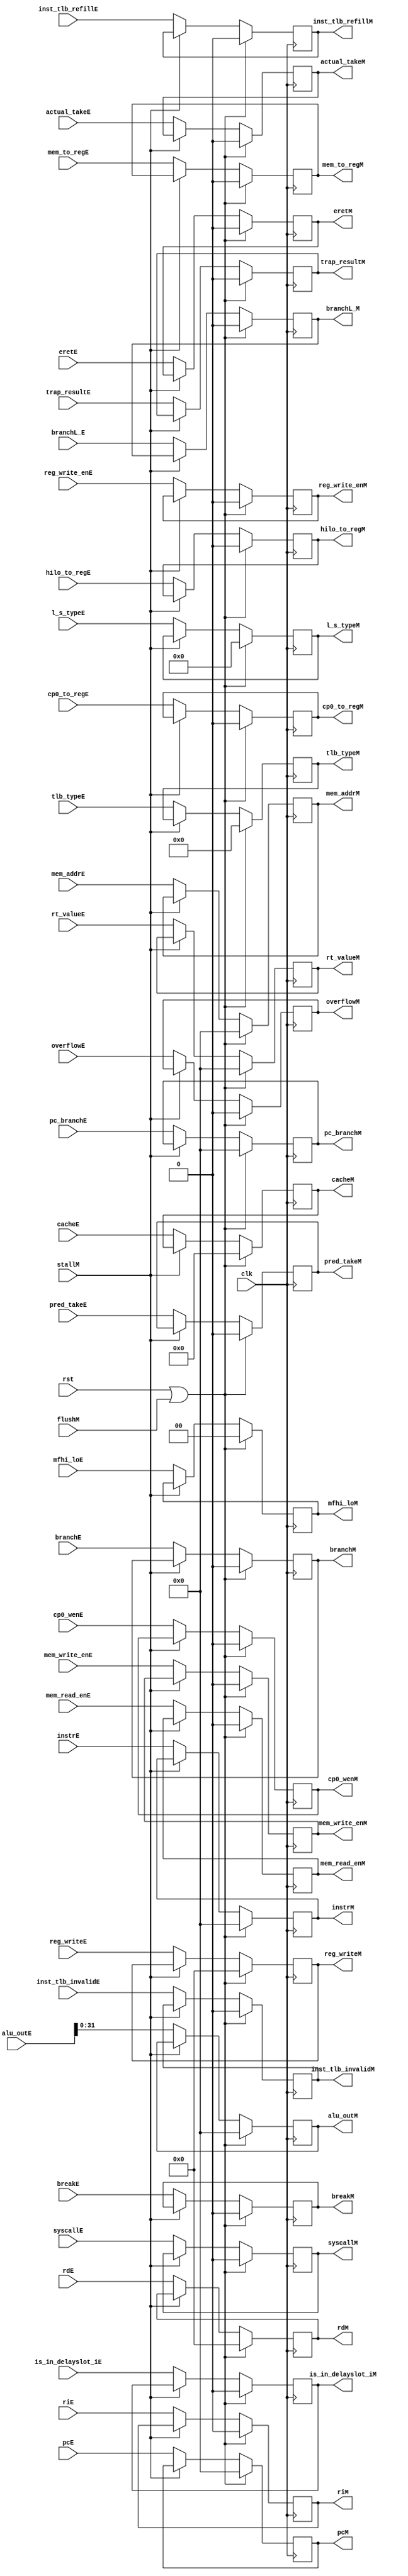
module ex_mem (
    input wire clk, rst,flushM,
    input wire stallM,
    input wire [31:0] pcE,
    input wire [63:0] alu_outE,
    input wire [31:0] rt_valueE,
    input wire [4:0] reg_writeE,
    input wire [31:0] instrE,
    input wire branchE,
    input wire pred_takeE,
    input wire [31:0] pc_branchE,
    input wire overflowE,
    input wire is_in_delayslot_iE,
    input wire [4:0] rdE,
    input wire actual_takeE,
    input wire [13:0] l_s_typeE,
    input wire [1:0] mfhi_loE,
    input wire mem_read_enE, 	
    input wire mem_write_enE,    
    input wire reg_write_enE,     
    input wire mem_to_regE,   	
    input wire hilo_to_regE, 	
    input wire riE,  			
    input wire breakE,   		
    input wire syscallE, 		
    input wire eretE,    		
    input wire cp0_wenE, 		
    input wire cp0_to_regE, 
    input wire [3:0] tlb_typeE, 	
    input wire inst_tlb_refillE, inst_tlb_invalidE,
    input wire [31:0] mem_addrE,
    input wire trap_resultE,
    input wire branchL_E,
    input wire [6:0] cacheE,

    output reg [31:0] pcM,
    output reg [31:0] alu_outM,
    output reg [31:0] rt_valueM,
    output reg [4:0] reg_writeM,
    output reg [31:0] instrM,
    output reg branchM,
    output reg pred_takeM,
    output reg [31:0] pc_branchM,
    output reg overflowM,        
    output reg is_in_delayslot_iM,
    output reg [4:0] rdM,
    output reg actual_takeM,
    output reg [13:0] l_s_typeM,
    output reg [1:0] mfhi_loM,
    output reg mem_read_enM,	
    output reg mem_write_enM,
    output reg reg_write_enM, 
    output reg mem_to_regM, 	
    output reg hilo_to_regM,	
    output reg riM,			
    output reg breakM,		
    output reg syscallM,		
    output reg eretM,		
    output reg cp0_wenM,		
    output reg cp0_to_regM,
    output reg [3:0] tlb_typeM,
    output reg inst_tlb_refillM, inst_tlb_invalidM,
    output reg [31:0] mem_addrM,
    output reg trap_resultM,
    output reg branchL_M,
    output reg [6:0] cacheM
);

    always @(posedge clk) begin
        if(rst | flushM) begin
            pcM                     <=              0;
            alu_outM                <=              0;
            rt_valueM               <=              0;
            reg_writeM              <=              0;
            instrM                  <=              0;
            branchM                 <=              0;
            pred_takeM              <=              0;
            pc_branchM              <=              0;
            overflowM               <=              0;
            is_in_delayslot_iM      <=              0;
            rdM                     <=              0;
            actual_takeM            <=              0;
            l_s_typeM               <=              0;
            mfhi_loM                <=              0;
            mem_read_enM	        <=              0;
			mem_write_enM	        <=              0;
			reg_write_enM	        <=              0;
			mem_to_regM		        <=              0;
			hilo_to_regM	        <=              0;
			riM				        <=              0;
			breakM			        <=              0;
			syscallM		        <=              0;
			eretM			        <=              0;
			cp0_wenM		        <=              0;
			cp0_to_regM		        <=              0;
            tlb_typeM               <=              0;
            inst_tlb_refillM        <=              0;
            inst_tlb_invalidM       <=              0;
            mem_addrM               <=              0;
            trap_resultM            <=              0;
            branchL_M               <=              0;
            cacheM                  <=              0;
        end
        else if(~stallM) begin
            pcM                     <=      pcE                 ;
            alu_outM                <=      alu_outE[31:0]      ;
            rt_valueM               <=      rt_valueE           ;
            reg_writeM              <=      reg_writeE          ;
            instrM                  <=      instrE              ;
            branchM                 <=      branchE             ;
            pred_takeM              <=      pred_takeE          ;
            pc_branchM              <=      pc_branchE          ;
            overflowM               <=      overflowE           ;
            is_in_delayslot_iM      <=      is_in_delayslot_iE  ;
            rdM                     <=      rdE                 ;
            actual_takeM            <=      actual_takeE        ;
            l_s_typeM               <=      l_s_typeE           ;
            mfhi_loM                <=      mfhi_loE            ;
            mem_read_enM	        <=      mem_read_enE		;
            mem_write_enM	        <=      mem_write_enE	    ;
            reg_write_enM	        <=      reg_write_enE 	    ;
            mem_to_regM		        <=      mem_to_regE 		;
            hilo_to_regM	        <=      hilo_to_regE		;
            riM				        <=      riE				    ;
            breakM			        <=      breakE			    ;
            syscallM		        <=      syscallE			;
            eretM			        <=      eretE			    ;
            cp0_wenM		        <=      cp0_wenE			;
            cp0_to_regM		        <=      cp0_to_regE		    ;
            tlb_typeM               <=      tlb_typeE           ;
            inst_tlb_refillM        <=      inst_tlb_refillE    ;
            inst_tlb_invalidM       <=      inst_tlb_invalidE   ;
            mem_addrM               <=      mem_addrE           ;
            trap_resultM            <=      trap_resultE        ;
            branchL_M               <=      branchL_E           ;
            cacheM                  <=      cacheE              ;
        end
    end
endmodule